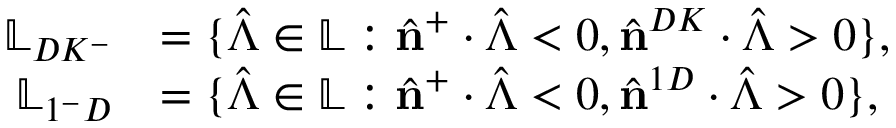
\begin{array} { r l } { \mathbb { L } _ { D K ^ { - } } } & { = \{ \hat { \boldsymbol { \Lambda } } \in \mathbb { L } : \hat { \mathbf { n } } ^ { + } \cdot \hat { \boldsymbol { \Lambda } } < 0 , \hat { \mathbf { n } } ^ { D K } \cdot \hat { \boldsymbol { \Lambda } } > 0 \} , } \\ { \mathbb { L } _ { 1 ^ { - } D } } & { = \{ \hat { \boldsymbol { \Lambda } } \in \mathbb { L } : \hat { \mathbf { n } } ^ { + } \cdot \hat { \boldsymbol { \Lambda } } < 0 , \hat { \mathbf { n } } ^ { 1 D } \cdot \hat { \boldsymbol { \Lambda } } > 0 \} , } \end{array}